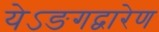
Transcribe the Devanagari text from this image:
येऽङगद्वारेण